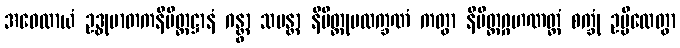
အဝေလာယံ ဥဒ္ဓုမာတကနိမိတ္တဋ္ဌာနံ ဂန္တွာ သမန္တာ နိမိတ္တုပလက္ခဏံ ကတွာ နိမိတ္တဂ္ဂဟဏတ္ထံ စက္ခုံ ဥမ္မီလေတွာ